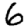
Digit: 6